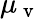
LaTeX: \mu_{\mathrm{~v~}}